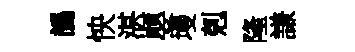
譌怏湛嬰墁剋隆謙